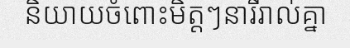
និយាយចំពោះមិត្តៗនារីរាល់គ្នា